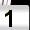
Digit: 1